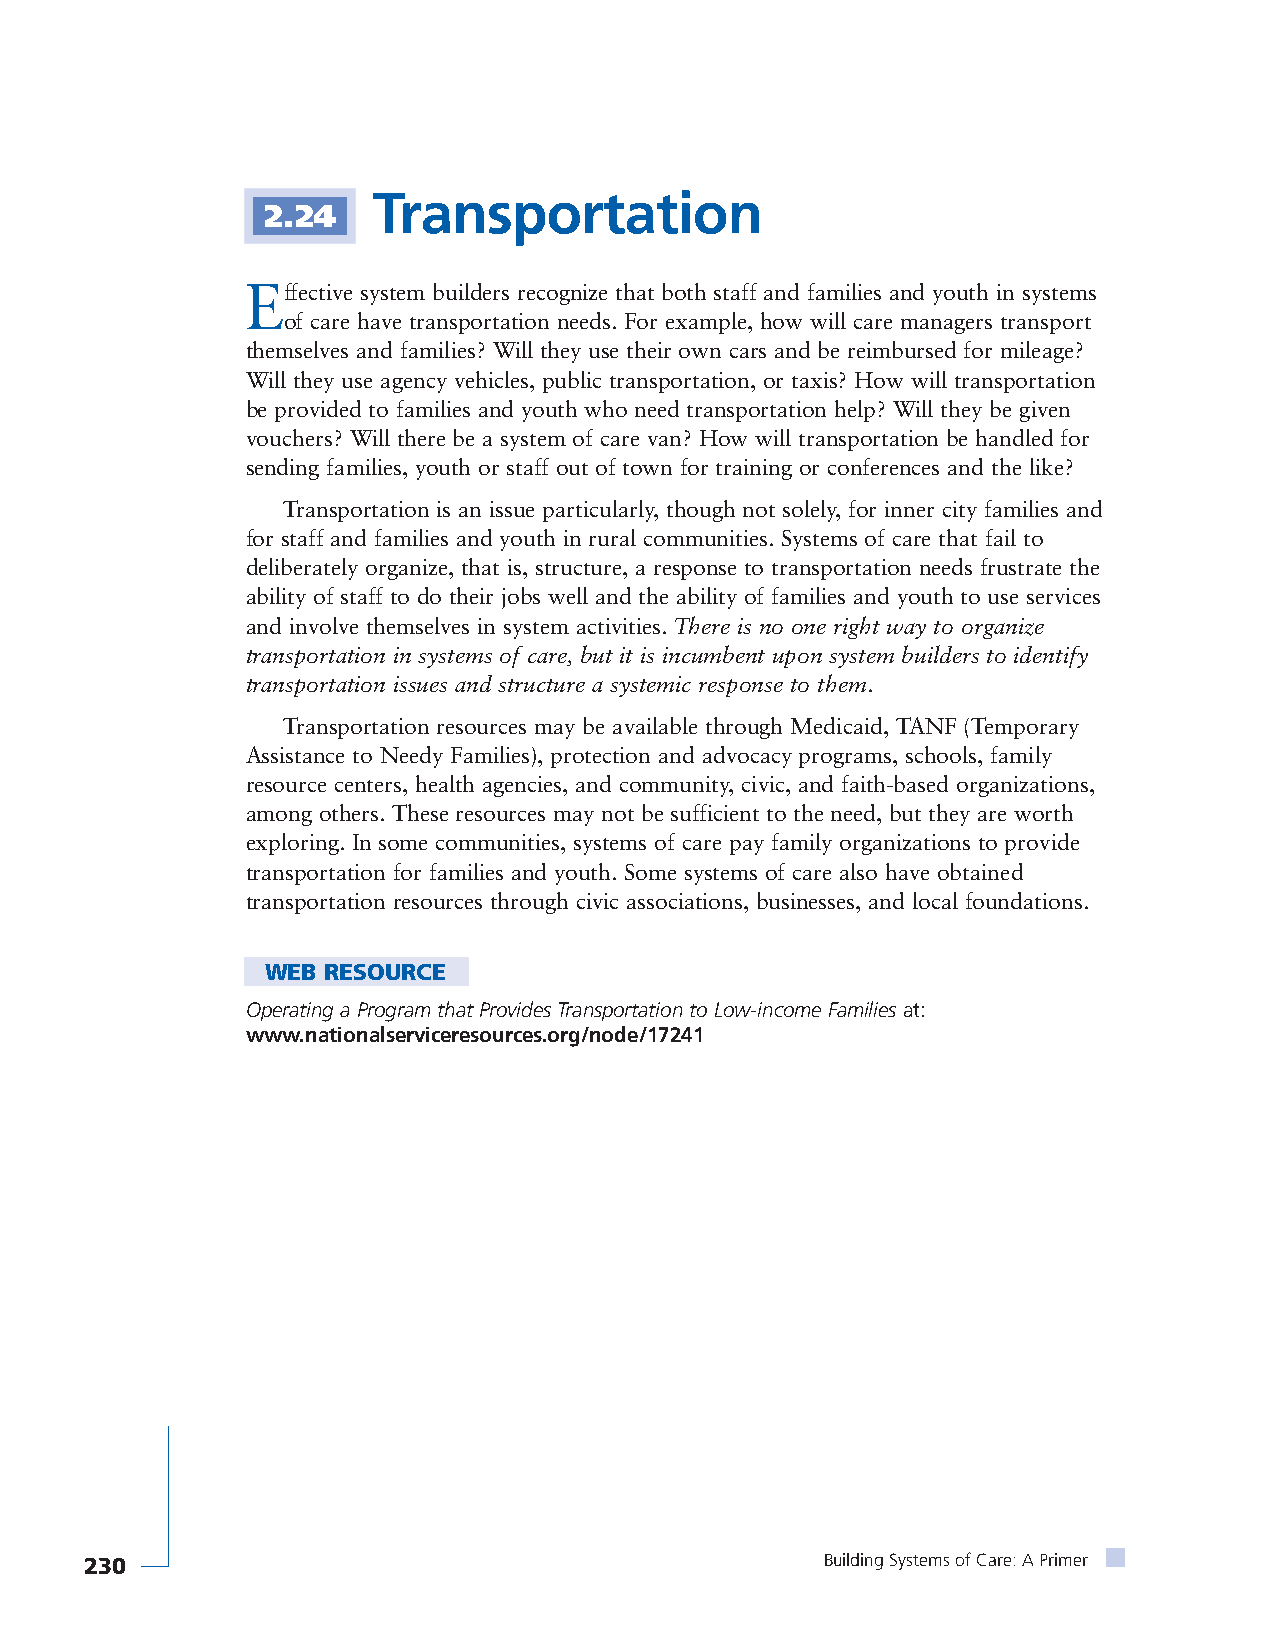
Transportation
 2.24
 Effective system builders recognize that both staff and families and youth in systems
 of care have transportation needs. For example, how will care managers transport
 themselves and families? Will they use their own cars and be reimbursed for mileage?
 Will they use agency vehicles, public transportation, or taxis? How will transportation
 be provided to families and youth who need transportation help? Will they be given
 vouchers? Will there be a system of care van? How will transportation be handled for
 sending families, youth or staff out of town for training or conferences and the like?
 Transportation is an issue particularly, though not solely, for inner city families and
 for staff and families and youth in rural communities. Systems of care that fail to
 deliberately organize, that is, structure, a response to transportation needs frustrate the
 ability of staff to do their jobs well and the ability of families and youth to use services
 and involve themselves in system activities. There is no one right way to organize
 transportation in systems of care, but it is incumbent upon system builders to identify
 transportation issues and structure a systemic response to them.
 Transportation resources may be available through Medicaid, TANF (Temporary
 Assistance to Needy Families), protection and advocacy programs, schools, family
 resource centers, health agencies, and community, civic, and faith-based organizations,
 among others. These resources may not be sufficient to the need, but they are worth
 exploring. In some communities, systems of care pay family organizations to provide
 transportation for families and youth. Some systems of care also have obtained
 transportation resources through civic associations, businesses, and local foundations.
 WEB RESOURCE
 Operating a Program that Provides Transportation to Low-income Familiesat:
 www.nationalserviceresources.org/node/17241
 230                                              Building Systems of Care: A Primer